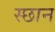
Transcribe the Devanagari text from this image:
स्छान